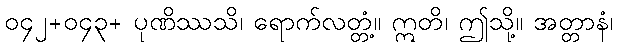
၀၄၂+၀၄၃+ ပုဏိဿသိ၊ ရောက်လတ္တံ့။ ဣတိ၊ ဤသို့။ အတ္တာနံ၊